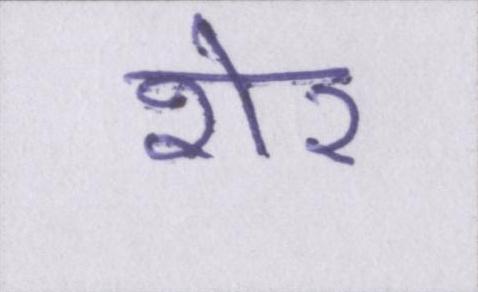
शेर